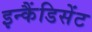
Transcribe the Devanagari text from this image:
इन्कैंडिसेंट